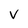
Character: v